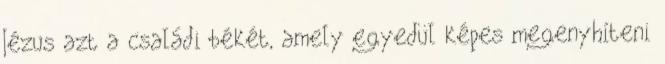
Jézus azt a családi békét, amely egyedül képes megenyhíteni